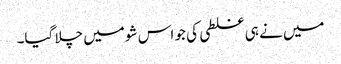
میں نے ہی غلطی کی جو اس شو میں چلا گیا۔